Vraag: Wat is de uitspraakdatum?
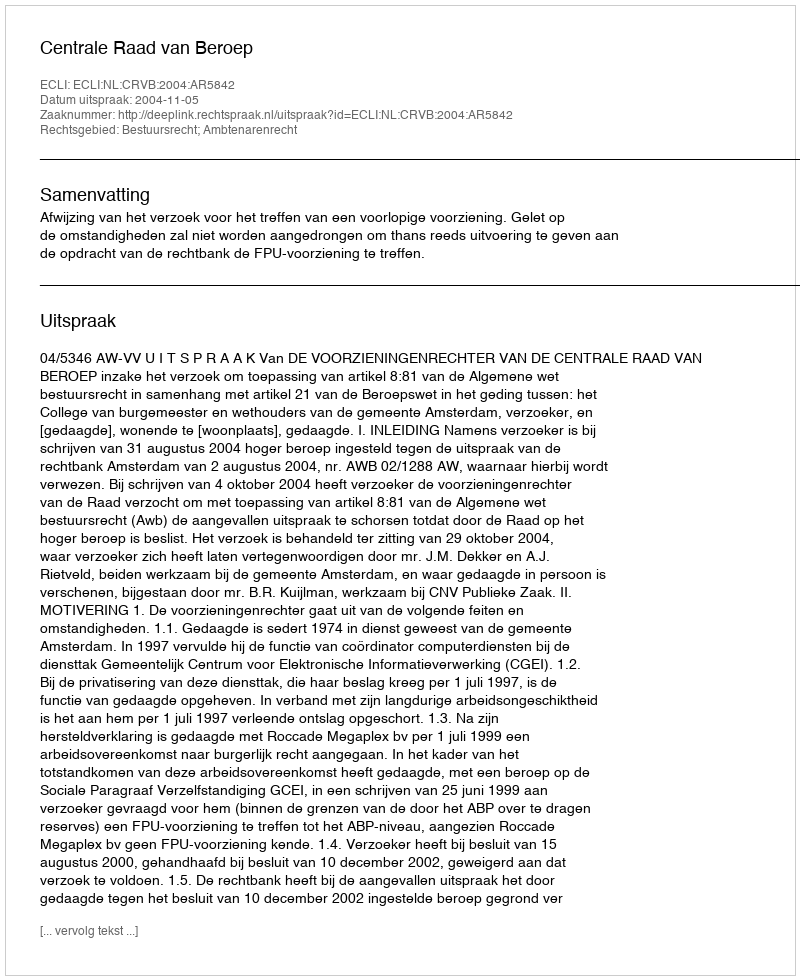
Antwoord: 2004-11-05